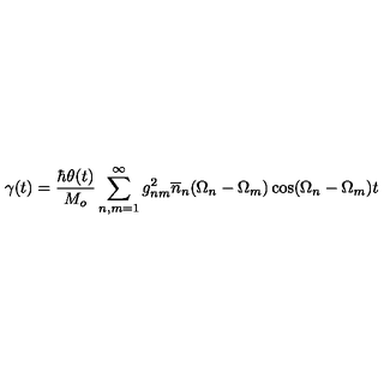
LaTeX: \gamma ( t ) = \frac { \hbar \theta ( t ) } { M _ { o } } \sum _ { n , m = 1 } ^ { \infty } g _ { n m } ^ { 2 } \overline { { n } } _ { n } ( \Omega _ { n } - \Omega _ { m } ) \cos ( \Omega _ { n } - \Omega _ { m } ) t